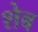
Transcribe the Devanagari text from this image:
शेब